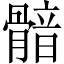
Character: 𩩿